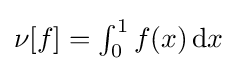
\textstyle \nu [f]=\int _{0}^{1}f(x)\,\mathrm {d} x